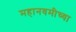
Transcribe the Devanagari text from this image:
महानवमीच्या